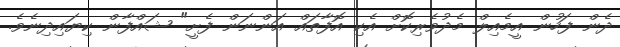
ދެން ފަހުން އީމެއިލް މެދުވެރިކޮށް އެކި އޮފާތައް އަންނަން ފެށީ" ޝައްފާން ކިޔައިދިނެވެ.